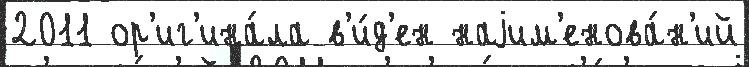
2011 ор'иг'ина́ла в'и́д'ен наjим'енова́н'ий